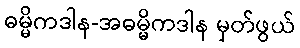
ဓမ္မိကဒါန-အဓမ္မိကဒါန မှတ်ဖွယ်